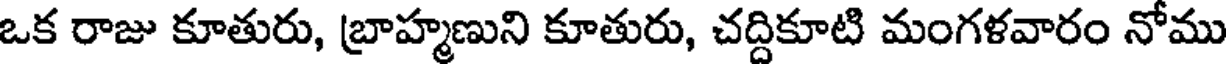
ఒక రాజు కూతురు, బ్రాహ్మణుని కూతురు, చద్దికూటి మంగళవారం నోము